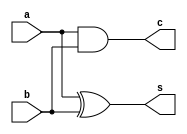
module half_add_str(a,b,c,s);
input a,b;
output c,s;
and l1(c,a,b);
xor l2(s,a,b);
endmodule